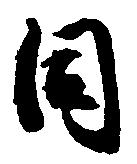
同